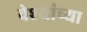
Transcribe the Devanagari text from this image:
वेश्यांच्या